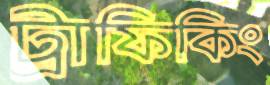
ট্রাফিকিং